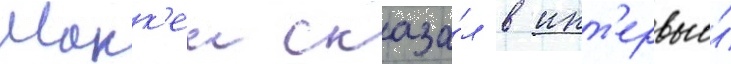
Макк'еи сказа́л в инт'ервью́